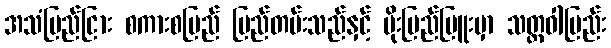
အသံမြည်ငြား စကားစမြည် မြည်တမ်းသည်နှင့် ပိုးမြည်မြူးမှာ သတ္တဝါမြည်း